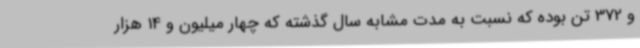
و 372 تن بوده که نسبت به مدت مشابه سال گذشته که چهار میلیون و 14 هزار